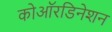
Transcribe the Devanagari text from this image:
कोऑरडिनेशन